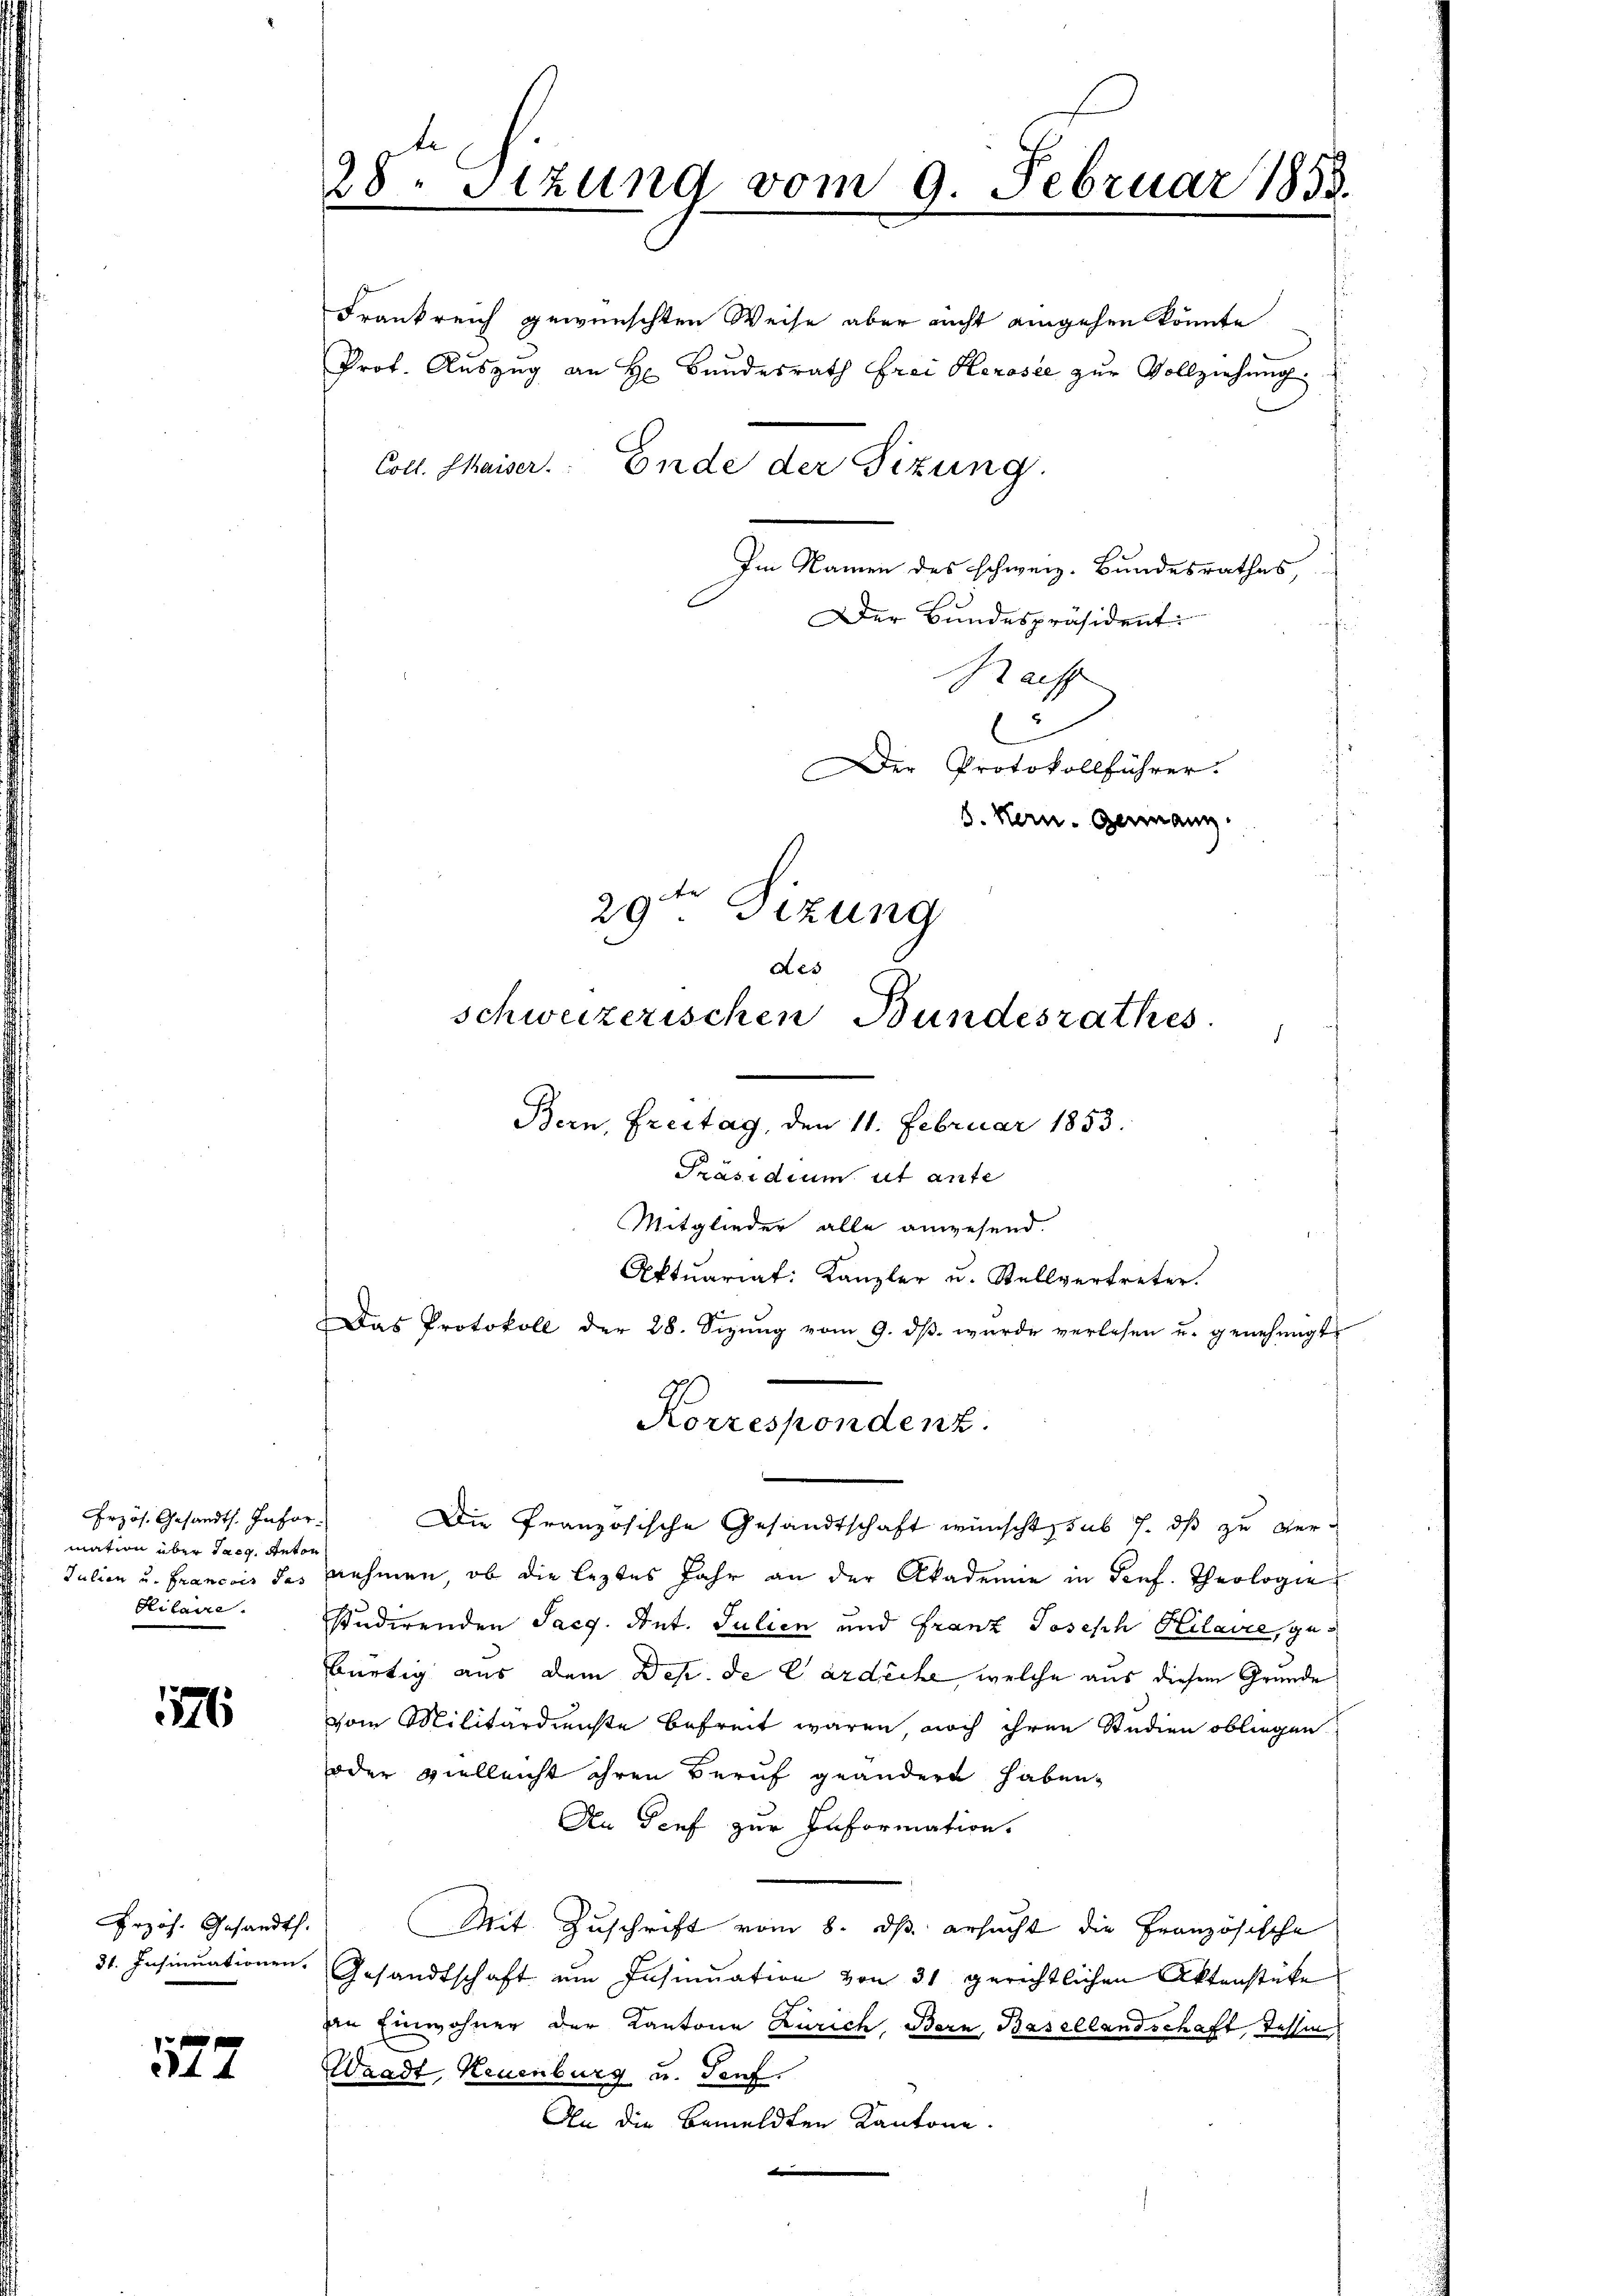
rzös. Gesandts. Infor-
mation über Tag, Anton
Julien und Francier das
Hilaire.

1176

Przös. Gesandt.
34. Insinuationen.

577

28. Stzung vom 9. Februar 1853.

Frankreich gewünschten Weise aber nicht angehen könnte
Prot. Auszug an H Bundesrath Frei Herosee zur Vollziehung
Im Namen des schweiz. Bundesrathes,
Der Bundespräsident
Sach
e
er Protokollführer.
8. Hern. Germann.

29ten Sitzung
des
schweizerischen Bundesrathes.
d
Bern, Freitag, den 11. Februar 1853.

Coll. Chaiser. Ende der Sizung.

Präsidium ut ante
Mitglieder alle anwesend.
Aktuariat: Kanzler u. Stellvertreter.
Das Protokoll der 28. Sizŭng vom 9. dβ wŭrde verlesen u. genehmigt.

Korrespondenz.

Die Französische Gesandtschaft wünscht sub 7. dß zu vernehmen, ob die leztes Jahr an der Akademie in Senf. Theologie
studirenden Sarg. Ant. Julien und Franz Joseph Kilavie, gebürtig aus dem Des de Cardecke, welche aus diesem Grunde
vom Militärdienste befreit waren noch ihren Studien obliegen
oder vielleicht ihren Beruf geändern haben,
An Genf zur Information.
Mit Zuschrift vom 8. dß ersucht die Französische
Gesandtschaft ein Insinuation von 31 gerichtlichen Aktenstüke
din Einwohner der Kantone Zürich, Bern, Basellandschaft, Tessin
Waadt, Neuenburg u. Genf.
An die bemeldten Kantone.